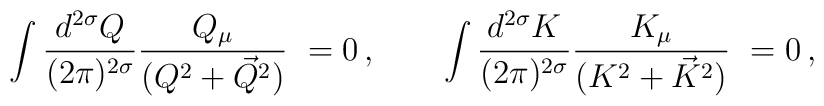
\int \frac {d^{2\sigma}Q}{(2\pi)^{2\sigma}}          \frac {Q_\mu}{(Q^2+\vec{Q}^2)}\ =0\,, \qquad    \int \frac {d^{2\sigma}K}{(2\pi)^{2\sigma}}         \frac {K_\mu}{(K^2+\vec{K}^2)}\ =0\,,